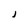
Character: j